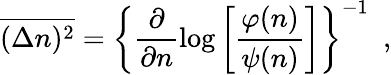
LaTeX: \overline{{{(\Delta n)^{2}}}}=\left\{ \frac{\partial}{\partial n}\log\left[\frac{\varphi(n)}{\psi(n)}\right]\right\} ^{-1}\ \ ,